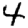
Digit: 4